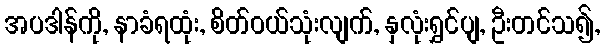
အပဒါန်ကို, နာခံရထုံး, စိတ်ဝယ်သုံးလျက်, နှလုံးရွှင်ပျ, ဦးတင်သ၍,